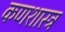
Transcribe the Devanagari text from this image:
कणशास्त्र